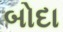
બોદા